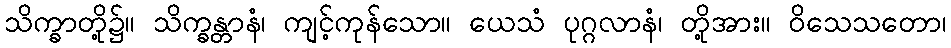
သိက္ခာတို့၌။ သိက္ခန္တာနံ၊ ကျင့်ကုန်သော။ ယေသံ ပုဂ္ဂလာနံ၊ တို့အား။ ဝိသေသတော၊